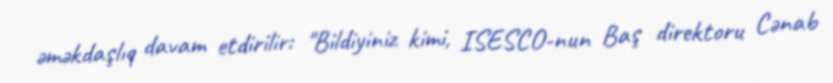
əməkdaşlıq davam etdirilir: "Bildiyiniz kimi, ISESCO-nun Baş direktoru Cənab